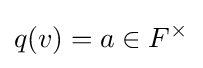
q(v)=a\in F^{\times }